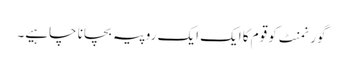
گورنمنٹ کو قوم کا ایک ایک روپیہ بچانا چاہیے۔